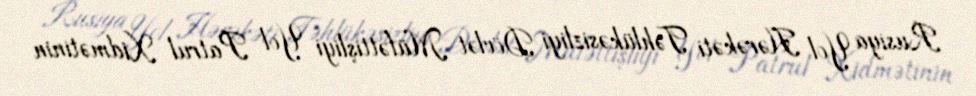
Rusiya Yol Hərəkəti Təhlükəsizliyi Dövlət Müfəttişliyi Yol Patrul Xidmətinin